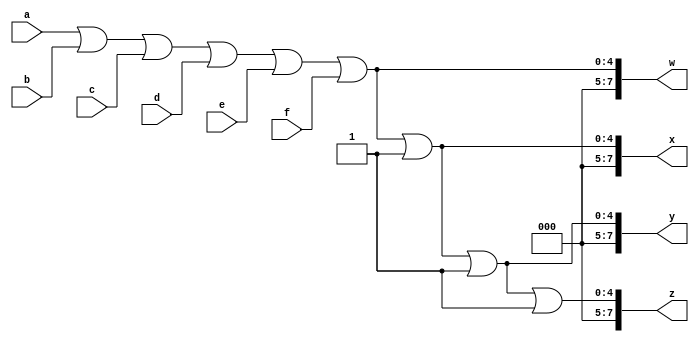
module top_module (
    input [4:0] a, b, c, d, e, f,
    output [7:0] w, x, y, z );

    wire [4:0] a_concat;
    wire [4:0] b_concat;
    wire [4:0] c_concat;
    wire [4:0] d_concat;
    wire [4:0] e_concat;
    wire [4:0] f_concat;

    assign a_concat = a | b | c | d | e | f;
    assign b_concat = a_concat | 1;
    assign c_concat = b_concat | 1;
    assign d_concat = c_concat | 1;
    assign e_concat = d_concat | 1;
    assign f_concat = e_concat | 1;

    assign w = a_concat;
    assign x = b_concat;
    assign y = c_concat;
    assign z = d_concat;

endmodule